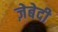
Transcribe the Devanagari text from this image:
ज़ेबेदी